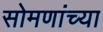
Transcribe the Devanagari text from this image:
सोमणांच्या